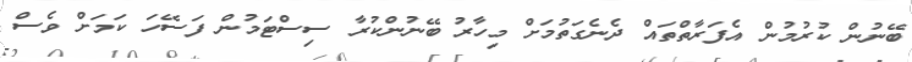
ބޭނުން ކުރުމުން އެފަރާތްތައް ދެނެގަތުމަށް މިހާރު ބޭނުންކުރާ ސިސްޓަމުން ފަސޭހަ ކަމަށް ވެސް